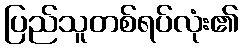
ပြည်သူတစ်ရပ်လုံး၏